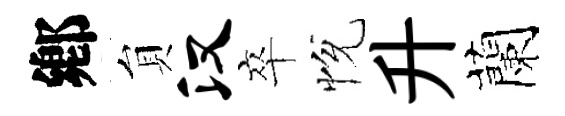
鄕貟汉卒恱升蘭